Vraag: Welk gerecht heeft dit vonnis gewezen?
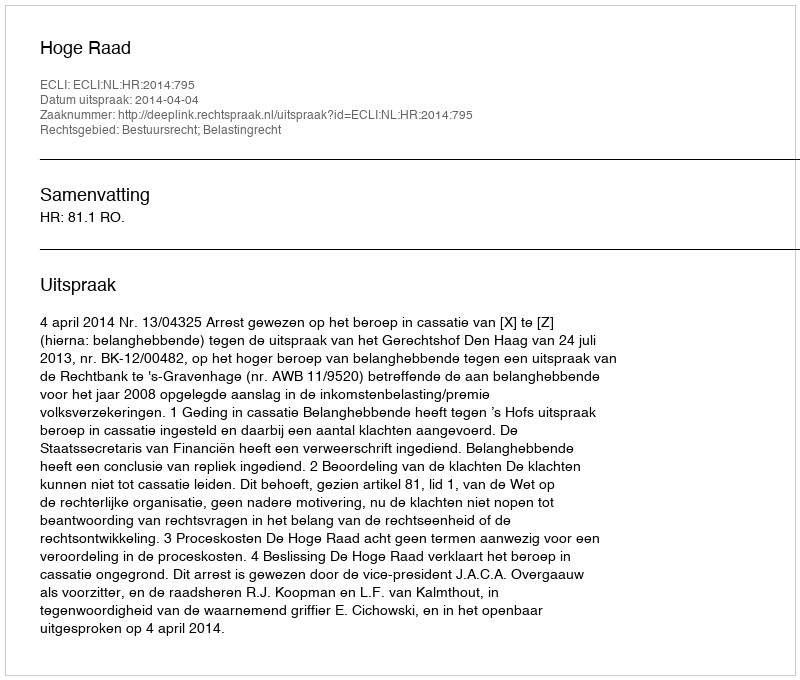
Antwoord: Hoge Raad